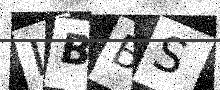
Text: LBBS